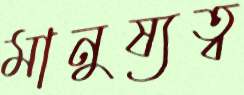
মানুষ্যত্ব